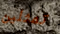
تمثلين